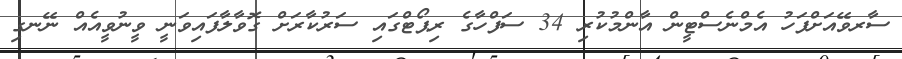
ސާރވޭއަށްފަހު އެމްނެސްޓީން އާންމުކުރި 34 ސަފްހާގެ ރިޕޯޓްގައި ސަރުކާރަށް ގޮވާލާފައިވަނީ ވީނުވީއެއް ނޭނގި